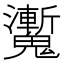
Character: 魙